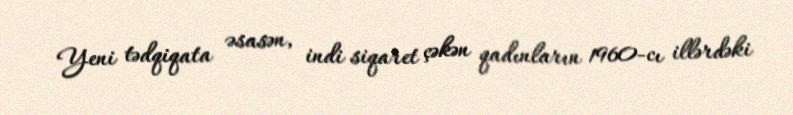
Yeni tədqiqata əsasən, indi siqaret çəkən qadınların 1960-cı illərdəki